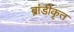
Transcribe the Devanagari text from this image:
ब्रांडीकृत